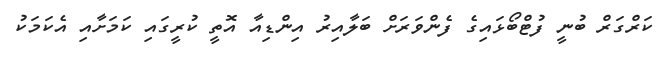
ކަރްގަރް ބުނީ ފުޓްބޯޅައިގެ ފެންވަރަށް ބަލާއިރު އިންޑިއާ އޮތީ ކުރީގައި ކަމަށާއި އެކަމަކު